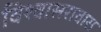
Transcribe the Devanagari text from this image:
विश्वासरावास